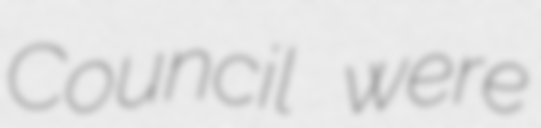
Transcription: Council were